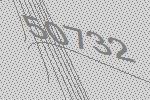
50732